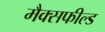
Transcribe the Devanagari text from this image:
मैक्सफील्ड